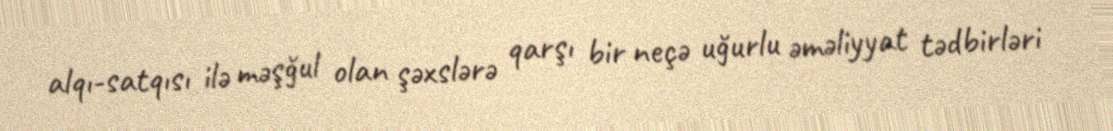
alqı-satqısı ilə məşğul olan şəxslərə qarşı bir neçə uğurlu əməliyyat tədbirləri